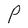
Character: P